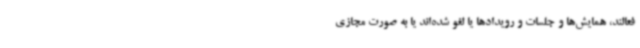
فعالند، همایش‌ها و جلسات و رویدادها یا لغو شده‌اند یا به صورت مجازی